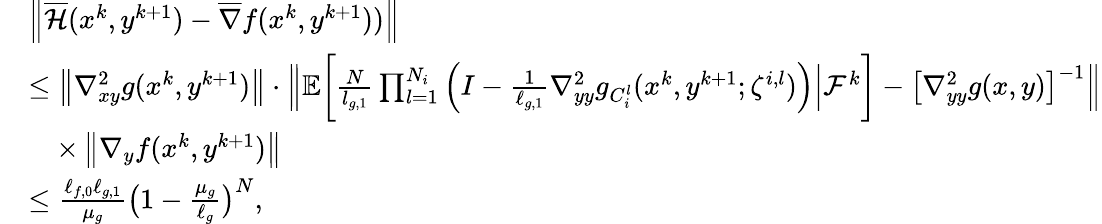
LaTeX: \begin{array}{rl}&{\left\| \overline{{\mathcal{H}}}(x^{k},y^{k+1})-\overline{{\nabla}}f(x^{k},y^{k+1}))\right\| }\\ &{\leq\left\| \nabla_{xy}^{2}g(x^{k},y^{k+1})\right\| \cdot\left\| \mathbb{E}\bigg[\frac{N}{l_{g,1}}\prod_{l=1}^{N_{i}}\Big(I-\frac{1}{\ell_{g,1}}\nabla_{yy}^{2}g_{C_{i}^{l}}(x^{k},y^{k+1};\zeta^{i,l})\Big)\Big|\mathcal{F}^{k}\bigg]-\left[\nabla_{yy}^{2}g(x,y)\right]^{-1}\right\| }\\ &{\quad\times\left\| \nabla_{y}f(x^{k},y^{k+1})\right\| }\\ &{\leq\frac{\ell_{f,0}\ell_{g,1}}{\mu_{g}}\big(1-\frac{\mu_{g}}{\ell_{g}}\big)^{N},}\end{array}